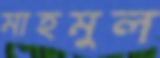
মাহমুল